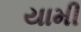
યામી